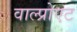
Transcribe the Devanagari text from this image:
वाल्प्रोएट